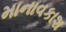
માનાવકાશ